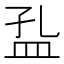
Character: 𱲍